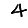
Digit: 4